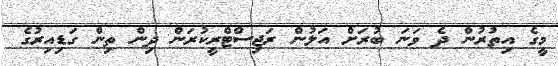
މީގެ އިތުރުން ދެ ވަނަ ބުރަށް އަލުން ރަޖިސްޓްރީކުރަން ދިން ތިން ގަޑިއިރުގެ